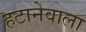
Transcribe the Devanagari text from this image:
हटानेवाला